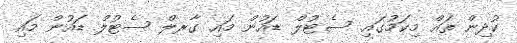
ކުދިން ތައް މިކަމުގައި. ސެޓުލް ޑައުން މައި ގާރލް ސެޓުލް ޑައުން މައި